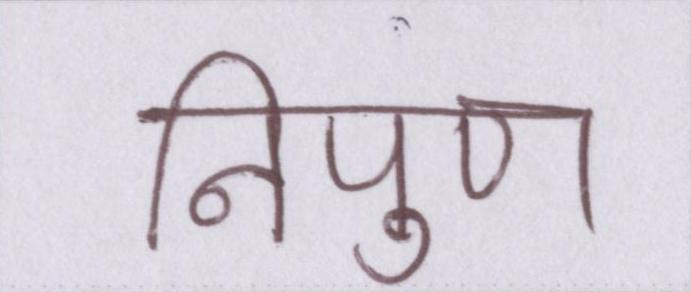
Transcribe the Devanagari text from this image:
निपुण